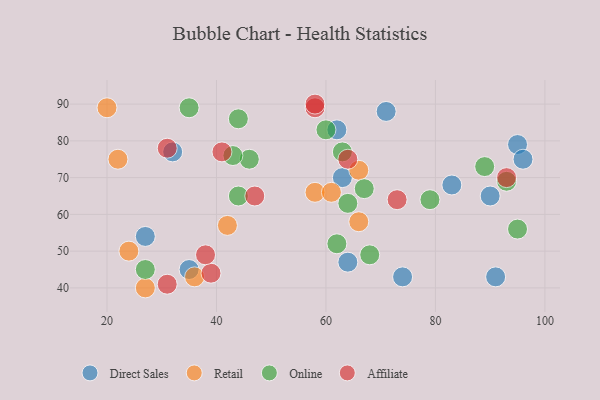
{"axis": {"x": "GDP", "y": "Life Expectancy"}, "legend": ["Affiliate", "Direct Sales", "Online", "Retail"], "data": [{"x": "62", "y": 83, "type": "Direct Sales"}, {"x": "95", "y": 79, "type": "Direct Sales"}, {"x": "91", "y": 43, "type": "Direct Sales"}, {"x": "63", "y": 70, "type": "Direct Sales"}, {"x": "96", "y": 75, "type": "Direct Sales"}, {"x": "90", "y": 65, "type": "Direct Sales"}, {"x": "64", "y": 47, "type": "Direct Sales"}, {"x": "32", "y": 77, "type": "Direct Sales"}, {"x": "71", "y": 88, "type": "Direct Sales"}, {"x": "83", "y": 68, "type": "Direct Sales"}, {"x": "74", "y": 43, "type": "Direct Sales"}, {"x": "27", "y": 54, "type": "Direct Sales"}, {"x": "35", "y": 45, "type": "Direct Sales"}, {"x": "24", "y": 50, "type": "Retail"}, {"x": "58", "y": 66, "type": "Retail"}, {"x": "61", "y": 66, "type": "Retail"}, {"x": "42", "y": 57, "type": "Retail"}, {"x": "36", "y": 43, "type": "Retail"}, {"x": "66", "y": 72, "type": "Retail"}, {"x": "20", "y": 89, "type": "Retail"}, {"x": "22", "y": 75, "type": "Retail"}, {"x": "27", "y": 40, "type": "Retail"}, {"x": "66", "y": 58, "type": "Retail"}, {"x": "93", "y": 69, "type": "Online"}, {"x": "95", "y": 56, "type": "Online"}, {"x": "79", "y": 64, "type": "Online"}, {"x": "46", "y": 75, "type": "Online"}, {"x": "44", "y": 65, "type": "Online"}, {"x": "35", "y": 89, "type": "Online"}, {"x": "68", "y": 49, "type": "Online"}, {"x": "64", "y": 63, "type": "Online"}, {"x": "43", "y": 76, "type": "Online"}, {"x": "67", "y": 67, "type": "Online"}, {"x": "60", "y": 83, "type": "Online"}, {"x": "27", "y": 45, "type": "Online"}, {"x": "62", "y": 52, "type": "Online"}, {"x": "44", "y": 86, "type": "Online"}, {"x": "89", "y": 73, "type": "Online"}, {"x": "63", "y": 77, "type": "Online"}, {"x": "73", "y": 64, "type": "Affiliate"}, {"x": "41", "y": 77, "type": "Affiliate"}, {"x": "39", "y": 44, "type": "Affiliate"}, {"x": "31", "y": 78, "type": "Affiliate"}, {"x": "93", "y": 70, "type": "Affiliate"}, {"x": "58", "y": 89, "type": "Affiliate"}, {"x": "58", "y": 90, "type": "Affiliate"}, {"x": "31", "y": 41, "type": "Affiliate"}, {"x": "64", "y": 75, "type": "Affiliate"}, {"x": "47", "y": 65, "type": "Affiliate"}, {"x": "38", "y": 49, "type": "Affiliate"}]}